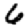
Digit: 6